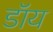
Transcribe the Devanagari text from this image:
डॉय